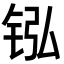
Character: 𬭂